Report on horse surra - Volume II, Part I
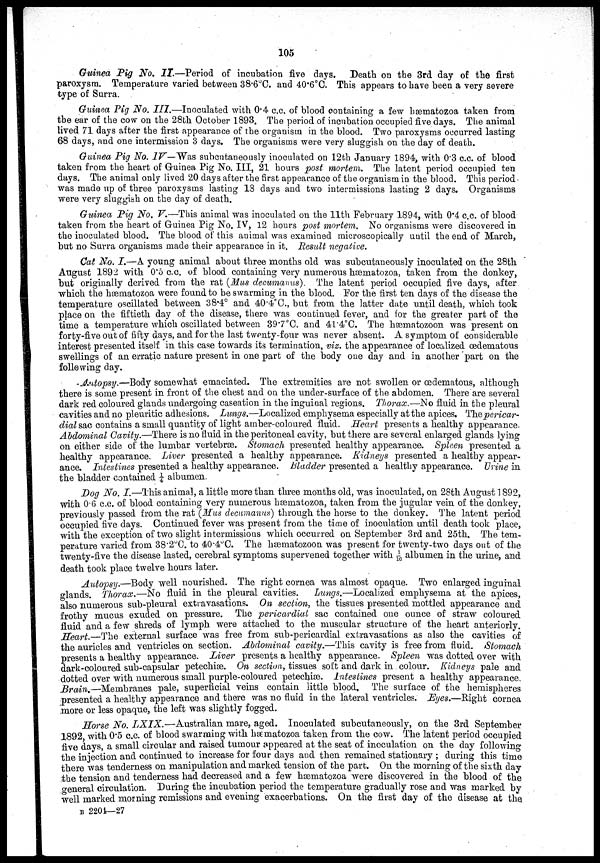
105
Guinea Pig No. II.—Period of incubation five days. Death on the 3rd day of the first
paroxysm. Temperature varied between 38.6°C. and 40.6°C. This appears to have been a very severe
type of Surra.
Guinea Pig No. III.—Inoculated with 0.4 c.c. of blood containing a few hæmatozoa taken from
the ear of the cow on the 28th October 1893. The period of incubation occupied five days. The animal
lived 71 days after the first appearance of the organism in the blood. Two paroxysms occurred lasting
68 days, and one intermission 3 days. The organisms were very sluggish on the day of death.
Guinea Pig No. IV— Was subcutaneously inoculated on 12th January 1894, with 0.3 c.c. of blood
taken from the heart of Guinea Pig No. III, 21 hours post mortem. The latent period occupied ten
days. The animal only lived 20 days after the first appearance of the organism in the blood. This period
was made up of three paroxysms lasting 13 days and two intermissions lasting 2 days. Organisms
were very sluggish on the day of death.
Guinea Pig No. V.—This animal was inoculated on the 11th February 1894, with 0.4 c.c. of blood
taken from the heart of Guinea Pig No. IV, 12 hours post mortem. No organisms were discovered in
the inoculated blood. The blood of this animal was examined microscopically until the end of March,
but no Surra organisms made their appearance in it. Result negative.
Cat No. I.—A young animal about three months old was subcutaneously inoculated on the 28th
August 1892 with 0.5 c.c. of blood containing very numerous hæmatozoa, taken from the donkey,
but originally derived from the rat (Mus decumanus). The latent period occupied five days, after
which the hæmatozoa were found to be swarming in the blood. For the first ten days of the disease the
temperature oscillated between 38.4° and 40.4°C, but from the latter date until death, which took
place on the fiftieth day of the disease, there was continued fever, and for the greater part of the
time a temperature which oscillated between 39.7°C. and 41.4°C. The hæmatozoon was present on
forty-five out of fifty days, and for the last twenty-four was never absent. A symptom of considerable
interest presented itself in this case towards its termination, viz. the appearance of localized œdematous
swellings of an erratic nature present in one part of the body one day and in another part on the
follewing day.
Autopsy.—Body somewhat emaciated. The extremities are not swollen or œdematous, although
there is some present in front of the chest and on the under-surface of the abdomen. There are several
dark red coloured glands undergoing caseation in the inguinal regions. Thorax.—No fluid in the pleural
cavities and no pleuritic adhesions. Lungs.—Localized emphysema especially at the apices. The pericar-
dial sac contains a small quantity of light amber-coloured fluid. Heart presents a healthy appearance.
Abdominal Cavity.—There is no fluid in the peritoneal cavity, but there are several enlarged glands lying
on either side of the lumbar vertebræ. Stomach presented healthy appearance. Spleen presented a
healthy appearance. Liver presented a healthy appearance. Kidneys presented a healthy appear-
ance. Intestines presented a healthy appearance. Bladder presented a healthy appearance. Urine in
the bladder contained ¼ albumen.
Dog No. I.—This animal, a little more than three months old, was inoculated, on 28th August 1892,
with 0.6 c.c. of blood containing very numerous hæmatozoa, taken from the jugular vein of the donkey,
previously passed from the rat (Mus decumanus) through the horse to the donkey. The latent period
occupied five days. Continued fever was present from the time of inoculation until death took place,
with the exception of two slight intermissions which occurred on September 3rd and 25th, The tem-
perature varied from 38.2°C. to 40.4°C. The hæmatozoon was present for twenty-two days out of the
twenty-five the disease lasted, cerebral symptoms supervened together with 1/16 albumen in the urine, and
death took place twelve hours later.
Autopsy.—Body well nourished. The right cornea was almost opaque. Two enlarged inguinal
glands. Thorax.—No fluid in the pleural cavities. Lungs.—Localized emphysema at the apices,
also numerous sub-pleural extravasations. On section, the tissues presented mottled appearance and
frothy mucus exuded on pressure. The pericardial sac contained one ounce of straw coloured
fluid and a few shreds of lymph were attached to the muscular structure of the heart anteriorly.
Heart—The external surface was free from sub -pericardial extravasations as also the cavities of
the auricles and ventricles on section. Abdominal cavity.—This cavity is free from fluid. Stomach
presents a healthy appearance. Liver presents a healthy appearance. Spleen was dotted over with
dark-coloured sub-capsular petechiæ. On section, tissues soft and dark in colour. Kidneys pale and
dotted over with numerous small purple-coloured petechiæ. Intestines present a healthy appearance.
Brain.—Membranes pale, superficial veins contain little blood. The surface of the hemispheres
presented a healthy appearance and there was no fluid in the lateral ventricles. Eyes.—Right cornea
more or less opaque, the left was slightly fogged.
Horse No. LXIX.—Australian mare, aged. Inoculated subcutaneously, on the 3rd September
1892, with 0.5 c.c. of blood swarming with hæmatozoa taken from the cow. The latent period occupied
five days, a small circular and raised tumour appeared at the seat of inoculation on the day following
the injection and continued to increase for four days and then remained stationary ; during this time
there was tenderness on manipulation and marked tension of the part. On the morning of the sixth day
the tension and tenderness had decreased and a few hæmatozoa were discovered in the blood of the
general circulation. During the incubation period the temperature gradually rose and was marked by
well marked morning remissions and evening exacerbations. On the first day of the disease at the
B 2201—27